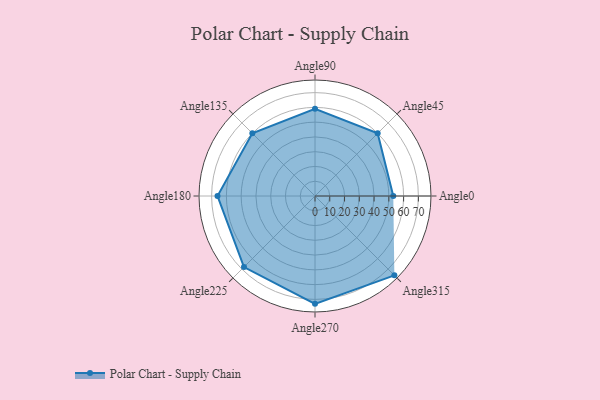
{"axis": {"x": "Angle", "y": "Radius"}, "legend": [""], "data": [{"x": "Angle0", "y": 53.0, "type": ""}, {"x": "Angle45", "y": 60.0, "type": ""}, {"x": "Angle90", "y": 59.0, "type": ""}, {"x": "Angle135", "y": 60.0, "type": ""}, {"x": "Angle180", "y": 66.0, "type": ""}, {"x": "Angle225", "y": 68.0, "type": ""}, {"x": "Angle270", "y": 73.0, "type": ""}, {"x": "Angle315", "y": 76.0, "type": ""}]}